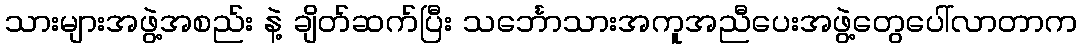
သားများအဖွဲ့အစည်း နဲ့ ချိတ်ဆက်ပြီး သင်္ဘောသားအကူအညီပေးအဖွဲ့တွေပေါ်လာတာက